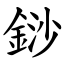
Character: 䤬